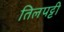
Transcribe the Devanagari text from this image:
तिलपट्टी